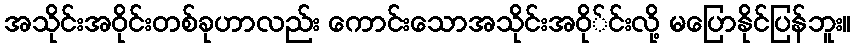
အသိုင်းအဝိုင်းတစ်ခုဟာလည်း ကောင်းသောအသိုင်းအဝို်င်းလို့ မပြောနိုင်ပြန်ဘူး။